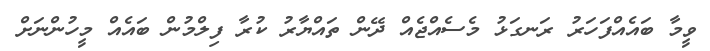
ވީމާ ބައެއްފަހަރު ރަނގަޅު މެސެއްޖެއް ދޭން ތައްޔާރު ކުރާ ފިލްމުން ބައެއް މީހުންނަށް